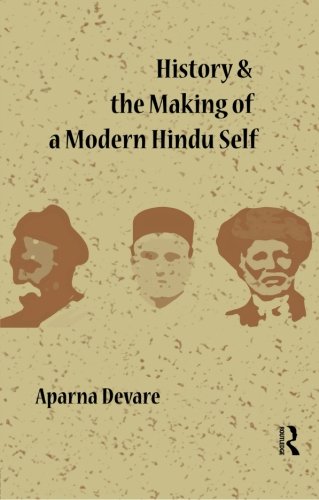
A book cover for History and the Making of a Modern Hindu Self; Aparna Devare; Religion & Spirituality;